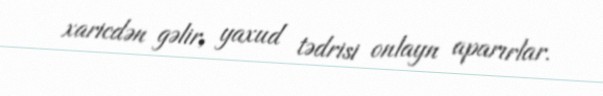
xaricdən gəlir, yaxud tədrisi onlayn aparırlar.